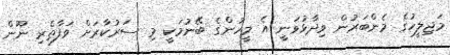
މަޖިލީހުގެ މެންބަރުން ވިދާޅުވަނީ އެ މީހުންގެ ބޭނުމަކީ މި ސަރުކާރަށް ވަފާތެރި ނޫން